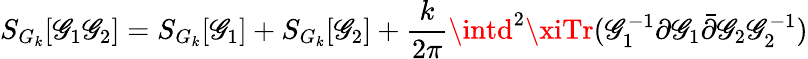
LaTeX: S_{G_{k}}[\mathscr{G}_{1}\mathscr{G}_{2}]=S_{G_{k}}[\mathscr{G}_{1}]+S_{G_{k}}[\mathscr{G}_{2}]+\frac{{k}}{{2\pi}}\intd^{2}\xiTr(\mathscr{G}_{1}^{-1}\partial\mathscr{G}_{1}\bar{{\partial}}\mathscr{G}_{2}\mathscr{G}_{2}^{-1})